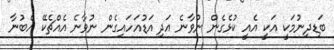
ބަޑިދިނުމަކީ އަކީ އެއީ ކުޅެގެން ނުވާނެ އަދި އަޑުއަހައިގެން ނުވާނެ އެއްޗެކޭ އެބުނާ